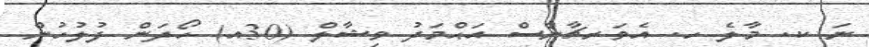
ނަ ކ. މާލެ ހ. އެވަރޗާންސް އަޙްމަދު ވިޝާލް (30އ) ހޯދަން ފުލުހުން